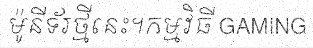
ម៉ូនីទ័រថ្មីនេះ។កម្មវិធី GAMING